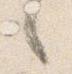
之